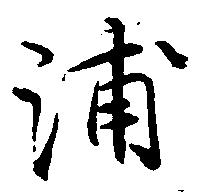
浦